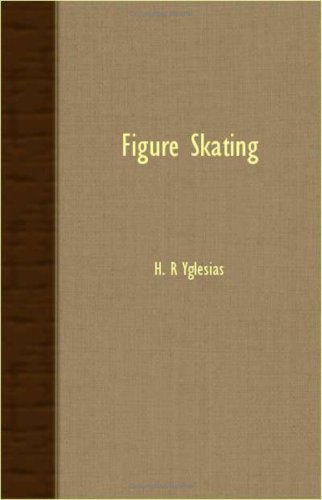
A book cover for Figure Skating; H. R Yglesias; Sports & Outdoors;